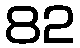
82